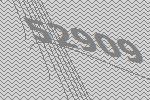
52909